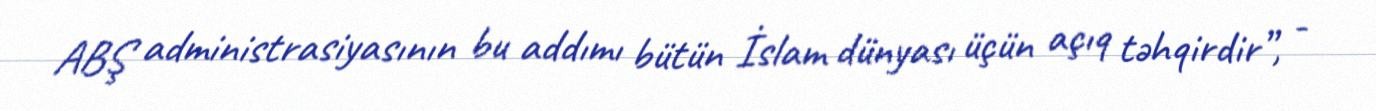
ABŞ administrasiyasının bu addımı bütün İslam dünyası üçün açıq təhqirdir”, -